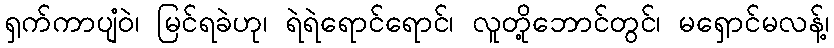
ရှက်ကာပျံဝဲ၊ မြင်ရခဲဟု၊ ရဲရဲရောင်ရောင်၊ လူတို့ဘောင်တွင်၊ မရှောင်မလန့်၊